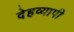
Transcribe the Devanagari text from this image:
देहव्यापी